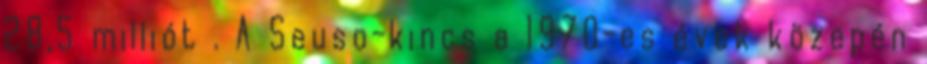
28,5 milliót . A Seuso-kincs a 1970-es évek közepén